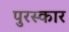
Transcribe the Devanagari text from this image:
पुरस्कार